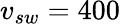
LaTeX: v_{sw}=400